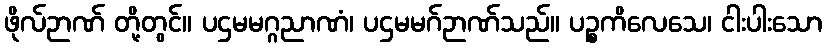
ဖိုလ်ဉာဏ် တို့တွင်။ ပဌမမဂ္ဂညာဏံ၊ ပဌမမဂ်ဉာဏ်သည်။ ပဉ္စကိလေသေ၊ ငါးပါးသော